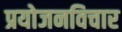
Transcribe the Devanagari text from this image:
प्रयोजनविचार